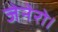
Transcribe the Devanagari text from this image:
जेनेरो।